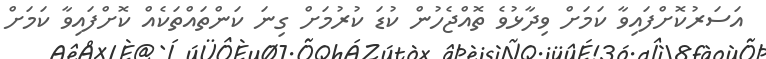
އަސަރުކޮށްފައިވާ ކަމަށް ވިދާޅުވެ ތޮއްޖެހުން ކުޑަ ކުރުމަށް ގިނަ ކަންތައްތަކެއް ކޮށްފައިވާ ކަމަށް